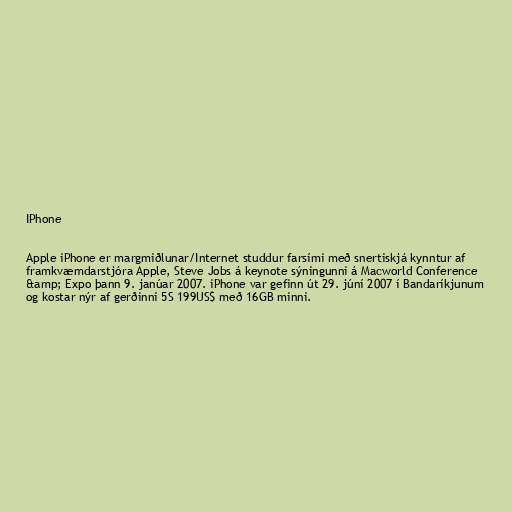
IPhone

Apple iPhone er margmiðlunar/Internet studdur farsími með snertiskjá kynntur af
framkvæmdarstjóra Apple, Steve Jobs á keynote sýningunni á Macworld Conference
&amp; Expo þann 9. janúar 2007. iPhone var gefinn út 29. júní 2007 í Bandaríkjunum
og kostar nýr af gerðinni 5S 199US$ með 16GB minni.